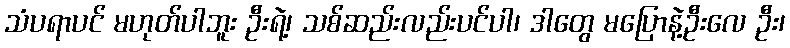
သံပရာပင် မဟုတ်ပါဘူး ဦးရဲ့၊ သစ်ဆည်းလည်းပင်ပါ၊ ဒါတွေ မပြောနဲ့ဦးလေ ဦး၊